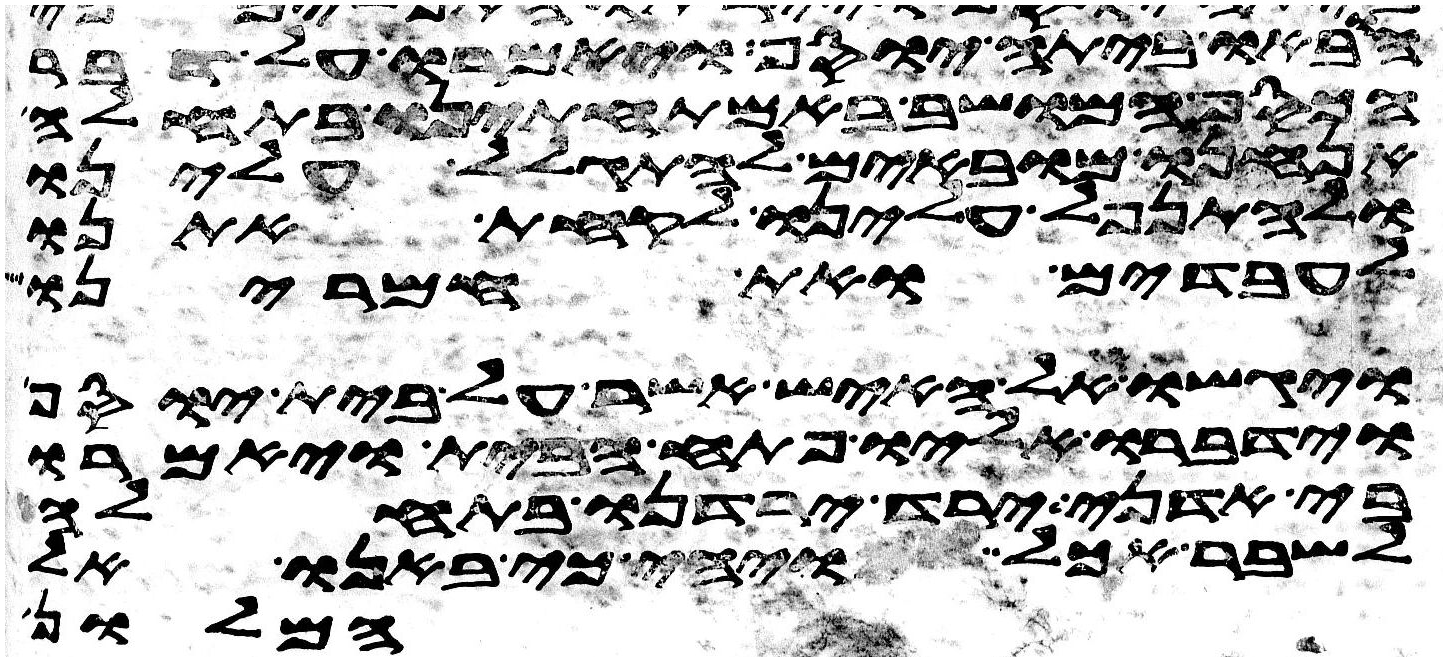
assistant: הובאו ביתה יוסף ויאמרו על דבר
הכסף המושב באמתחתינו בתחלה
אנחנו מובאים להתגלל עלינו
ולהתנפל עלינו לקחת אתנו
לעבדים ואת חמרינו
ויגשו אל האיש אשר על בית יוסף
וידברו אליו פתח הבית ויאמרו
בי אדני ירד ירדנו בתחלה
לשבר אכל ויהי כי באנו אל
המלון